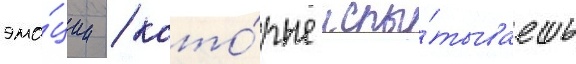
эмо́ции / кото́рые испы́тываешь